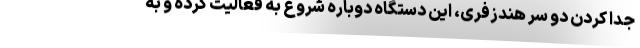
جدا کردن دو سر هندزفری، این دستگاه دوباره شروع به فعالیت کرده و به